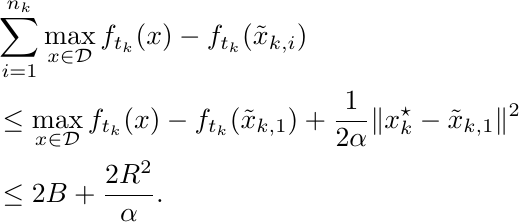
\begin{align*}
    &\sum_{i=1}^{n_k} \max_{x \in \mathcal{D}}  f_{t_k} (x) - f_{t_k} (\tilde x_{k,i}) \\
    &\leq \max_{x \in \mathcal{D}}  f_{t_k} (x) - f_{t_k} (\tilde x_{k,1}) + \frac{1}{2 \alpha} \|x_k^{\star} - \tilde x_{k,1}\|^2 \\
    &\leq 2B + \frac{2 R^2}{\alpha}.
\end{align*}